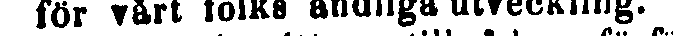
för vårt folks ändliga utveckling.